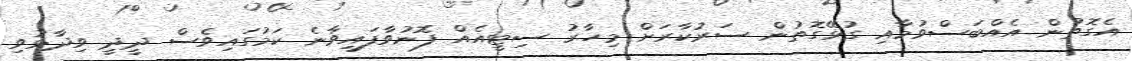
އެގޮތުން އެއްބަސްވުމާއި ގުޅޭގޮތުން ސަރުކާރަށް މިހާރު ސިޓީއެއް ފޮނުވާފައިވާނެ ކަމުގައިވެސް ދީދީ ވިދާޅުވި